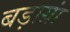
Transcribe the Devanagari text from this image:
बड़ाग्रां